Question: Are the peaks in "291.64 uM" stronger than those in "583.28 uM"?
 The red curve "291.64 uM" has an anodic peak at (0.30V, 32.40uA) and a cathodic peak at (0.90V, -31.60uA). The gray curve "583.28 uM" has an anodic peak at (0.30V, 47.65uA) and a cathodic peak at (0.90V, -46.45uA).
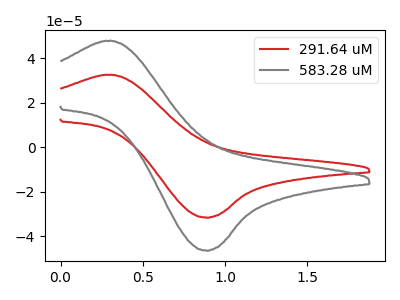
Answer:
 <answer>Every peak in "291.64 uM" is lower than every peak in "583.28 uM".</answer>
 <eval>lower</eval>